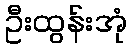
ဦးထွန်းအုံ